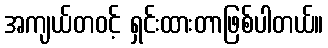
အကျယ်တဝင့် ရှင်းထားတာဖြစ်ပါတယ်။